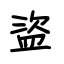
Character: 盜